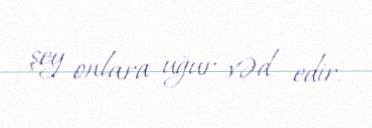
şey onlara uğur vəd edir.